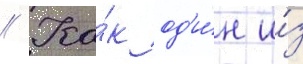
// Ка́к од'и́н и́з